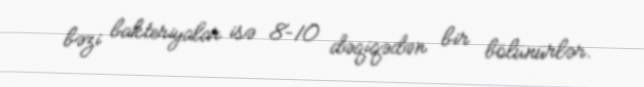
bəzi bakteriyalar isə 8–10 dəqiqədən bir bölünürlər.